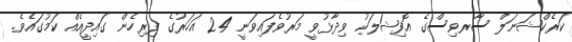
ކަރެކްޝަނަލް ސާރވިސްގެ އޮފިޝަލަކު ވިދާޅުވީ މަރުވެފައިވަނީ 24 އަހަރުގެ ފިރިހެން ގައިދީއެއް ކަމުގައެވެ.